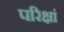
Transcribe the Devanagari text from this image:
परिक्षां